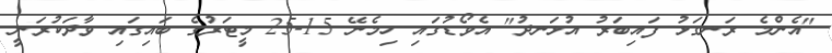
"އެންމެ ރަނގަޅު ފައިބަރު އުޅަނދު" އެވޯޑުގައި ހިމެނޭ 15-25 މީޓަރުގެ ބައިގައި ވާދަކުރަނީ